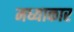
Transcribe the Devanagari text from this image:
मध्याकार